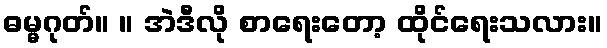
ဓမ္မဂုတ်။ ။ အဲဒီလို စာရေးတော့ ထိုင်ရေးသလား။